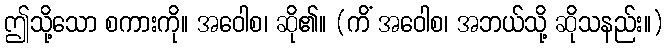
ဤသို့သော စကားကို။ အဝေါစ၊ ဆို၏။ (ကိံ အဝေါစ၊ အဘယ်သို့ ဆိုသနည်း။)